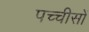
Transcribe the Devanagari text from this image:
पच्चीसों